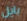
بايل